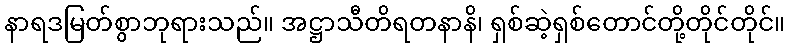
နာရဒမြတ်စွာဘုရားသည်။ အဋ္ဌာသီတိရတနာနိ၊ ရှစ်ဆဲ့ရှစ်တောင်တို့တိုင်တိုင်။